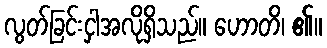
လွတ်ခြင်းငှါအလိုရှိသည်။ ဟောတိ၊ ၏။